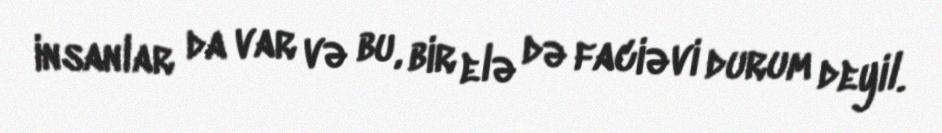
insanlar da var və bu, bir elə də faciəvi durum deyil.